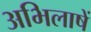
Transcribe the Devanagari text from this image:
अभिलाषें